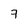
Character: 7